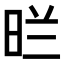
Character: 𭥪